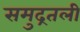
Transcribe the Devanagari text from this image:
समुद्रतली